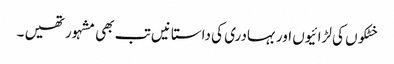
خٹکوں کی لڑائیوں اور بہادری کی داستانیں تب بھی مشہور تھیں ۔